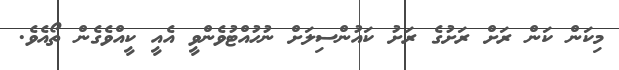
މިކަން ކަން ރަށް ރަށުގެ ރަށު ކައުންސިލަށް ނުހުއްޓުވެންވީ އެއީ ކީއްވެގެން ތޯއެވެ.